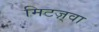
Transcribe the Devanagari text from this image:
मिटज़्वा